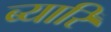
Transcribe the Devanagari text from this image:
ब्यारि